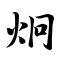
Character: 炯